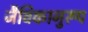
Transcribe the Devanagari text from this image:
जैविकानुरूप